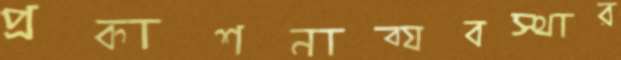
প্রকাশনাব্যবস্থার